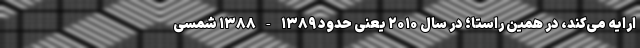
ارایه می‌کند، در همین راستا؛ در سال ۲۰۱۰ یعنی حدود ۱۳۸۹-۱۳۸۸ شمسی